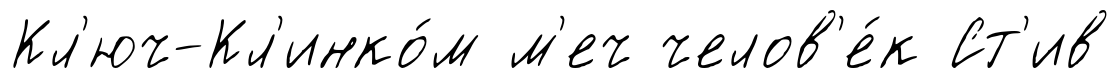
Кл'юч-Кл'инко́м м'еч челов'е́к Ст'ив